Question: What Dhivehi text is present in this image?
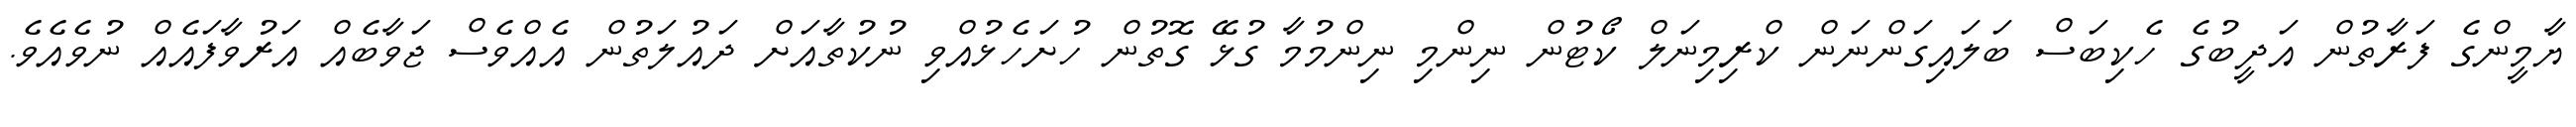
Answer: ޔާމީންގެ ފަރާތުން އަދީބުގެ ހެކިބަސް ބަލައިގަންނަން ކްރިމިނަލް ކޯޓުން ނިންމި ނިންމުމާ ގުޅޭ ގޮތުން ހުށަހެޅުއްވި ނުކުތާއަށް ދައުލަތުން އެއްވެސް ޖަވާބެއް އަރުވާފައެއް ނުވެއެވެ.